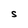
Character: s